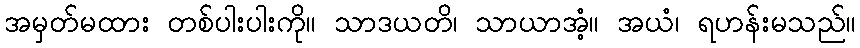
အမှတ်မထား တစ်ပါးပါးကို။ သာဒယတိ၊ သာယာအံ့။ အယံ၊ ရဟန်းမသည်။